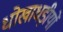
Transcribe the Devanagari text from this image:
धोखाधड़ीयों